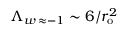
\Lambda _ { w \, \approx - 1 } \sim 6 / r _ { \mathrm { { o } } } ^ { 2 }